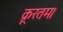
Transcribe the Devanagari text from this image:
क्रूरतम।